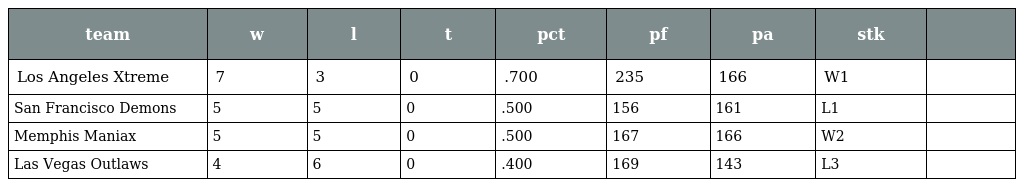
| team | w | l | t | pct | pf | pa | stk |  |
 | --- | --- | --- | --- | --- | --- | --- | --- | --- |
 | Los Angeles Xtreme | 7 | 3 | 0 | .700 | 235 | 166 | W1 |  |
 | San Francisco Demons | 5 | 5 | 0 | .500 | 156 | 161 | L1 |  |
 | Memphis Maniax | 5 | 5 | 0 | .500 | 167 | 166 | W2 |  |
 | Las Vegas Outlaws | 4 | 6 | 0 | .400 | 169 | 143 | L3 |  |